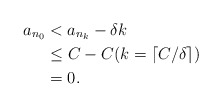
\begin{align*} a_{n_0} &< a_{n_k} -\delta k \\ &\leq C -C ( k = \lceil C/\delta\rceil) \\ & = 0. \end{align*}